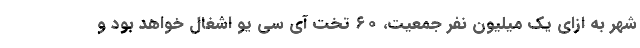
شهر به ازای یک میلیون نفر جمعیت، ۶۰ تخت آی سی یو اشغال خواهد بود و